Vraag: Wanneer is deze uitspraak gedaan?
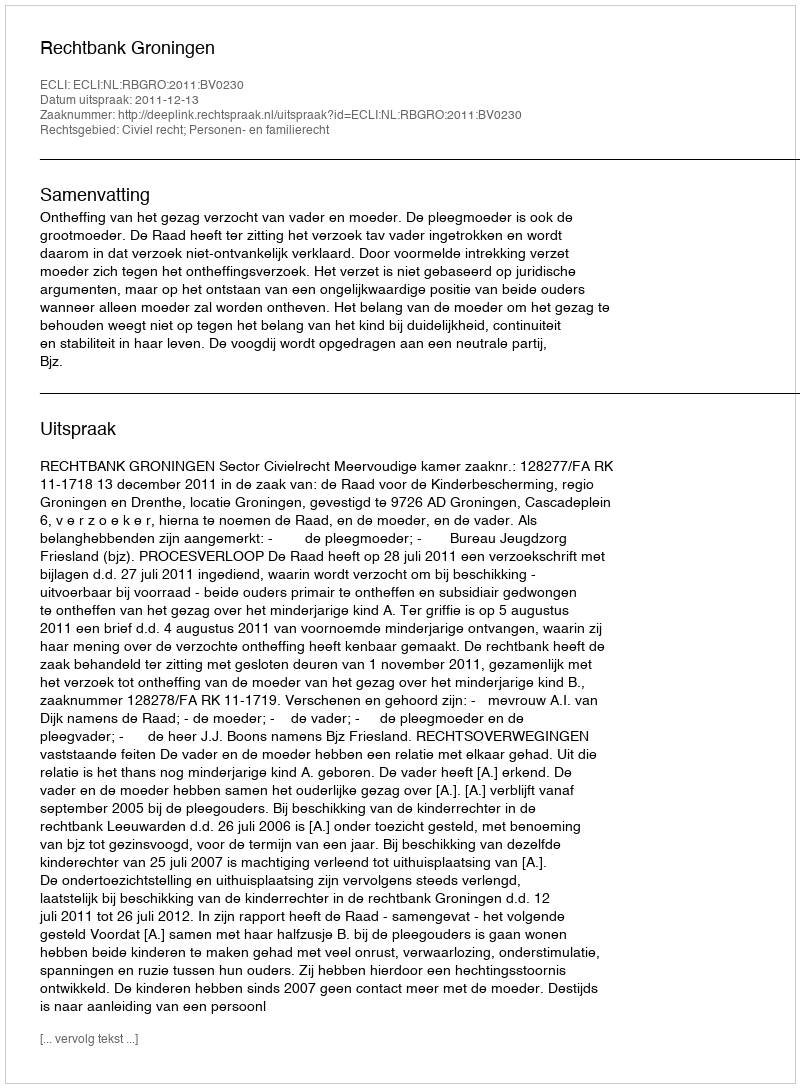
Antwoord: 2011-12-13